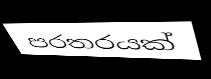
පරතරයක්